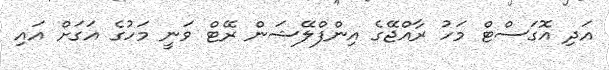
އަދި އޮގަސްޓް މަހު ރާއްޖޭގެ އިންފްލޭޝަން ރޭޓް ވަނީ މަހުގެ އަގަށް އައި